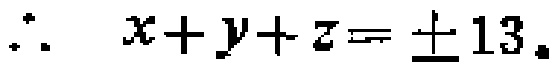
\(\therefore\ x + y + z = \pm 13\)